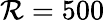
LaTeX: \mathcal{R}=500